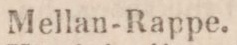
Mellan-Rappe.